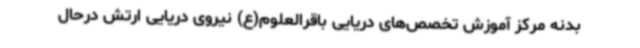
بدنه مرکز آموزش تخصص‌های دریایی باقرالعلوم(ع) نیروی دریایی ارتش درحال